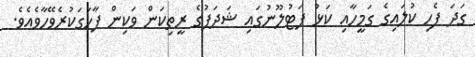
ގަދަ ފެހި ކުލައިގެ ގަމީހާއި ކަޅު ފަޓުލޫނުގައި ޝަދަފުގެ ރީތިކަން ވަކިން ފާހަގަކުރެވޭހާވެއެވެ.